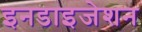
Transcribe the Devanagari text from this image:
इनडाइजेशन